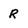
Character: R